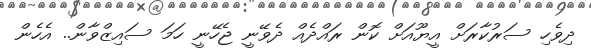
ދިވެހި ސަރުކާރަށް އީޔޫއަށް ކޮން ރައްދެއް ދެވޭނީ ޖެހޭނީ ހަމަ ސައިޒްވާން.. އެހެން